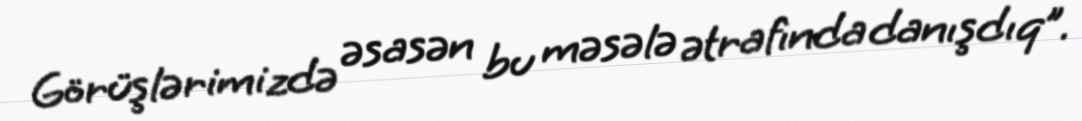
Görüşlərimizdə əsasən bu məsələ ətrafında danışdıq”.